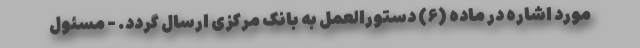
مورد اشاره در ماده (۶) دستورالعمل به بانک مرکزی ارسال گردد. - مسئول